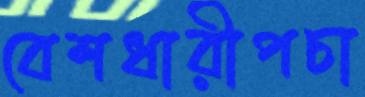
বেশধারীপচা